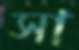
সা